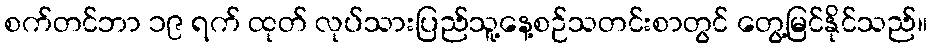
စက်တင်ဘာ ၁၉ ရက် ထုတ် လုပ်သားပြည်သူ့နေ့စဉ်သတင်းစာတွင် တွေ့မြင်နိုင်သည်။